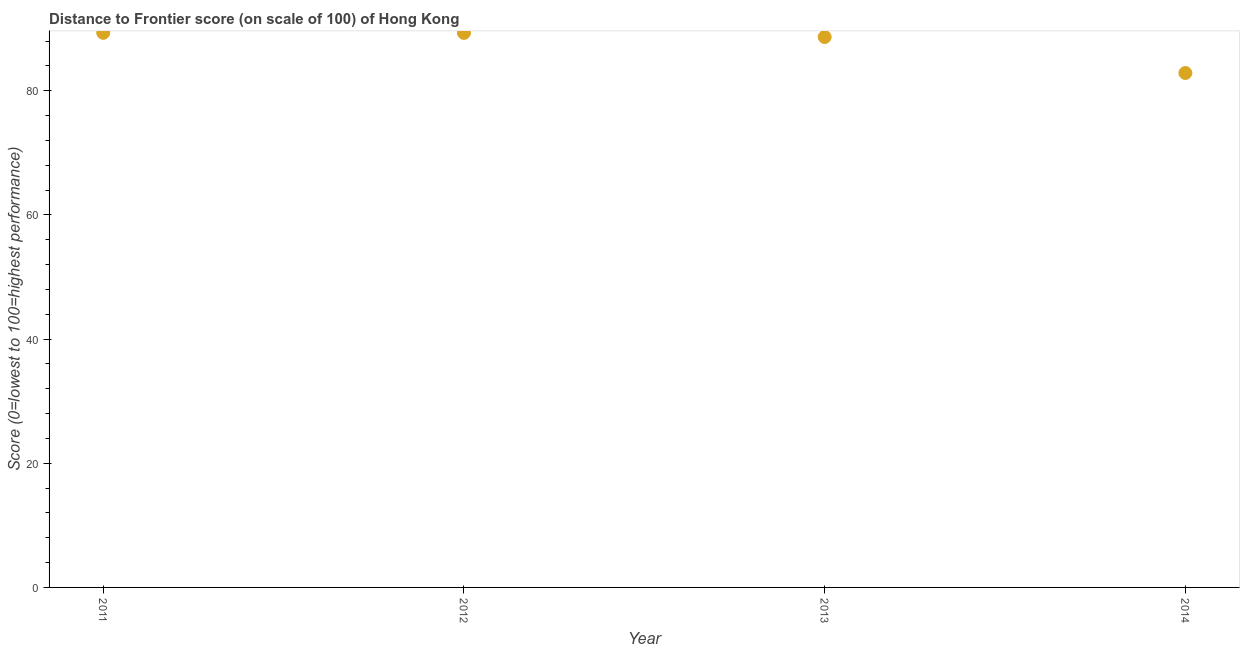
| Year | Distance to frontier score |
 | --- | --- |
 | 2011 | 89.3 |
 | 2012 | 89.3 |
 | 2013 | 88.7 |
 | 2014 | 82.9 |